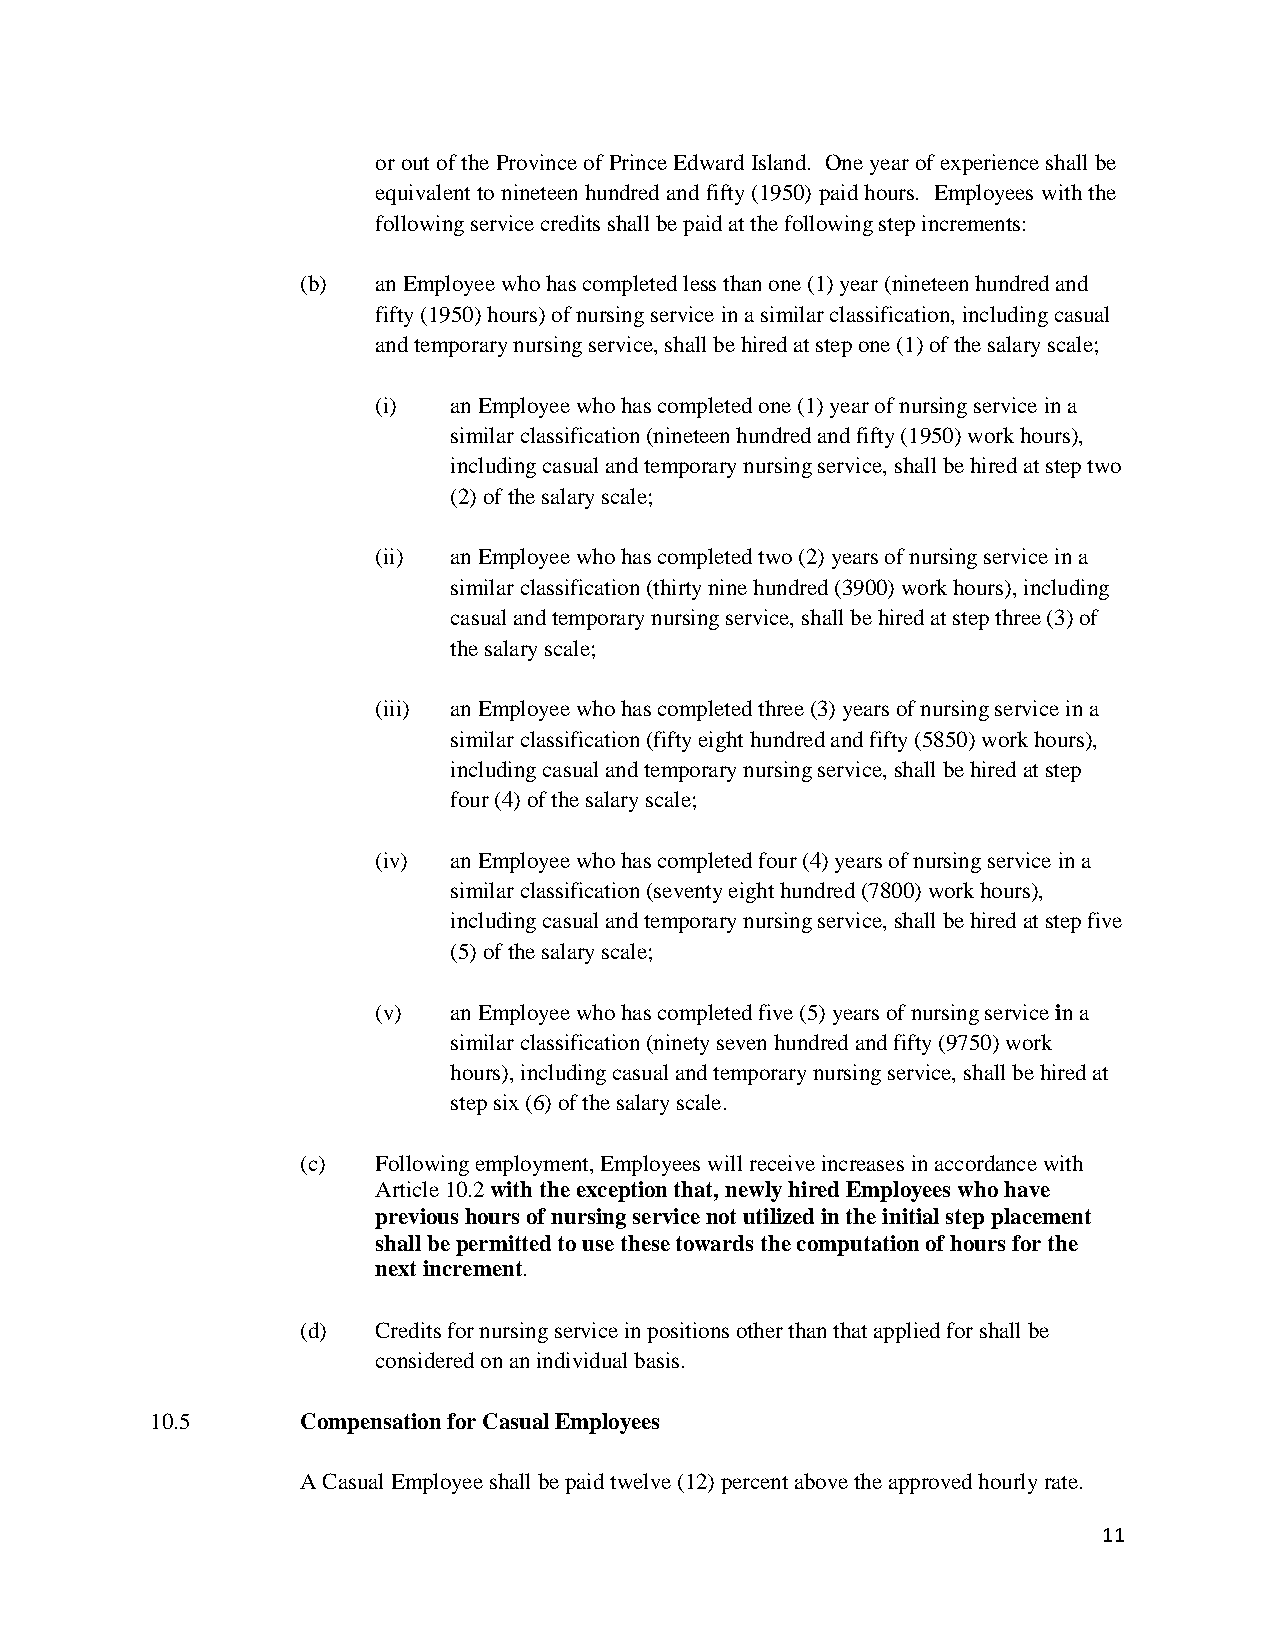
or out of the Province of Prince Edward Island. One year of experience shall be
 equivalent to nineteen hundred and fifty (1950) paid hours. Employees with the
 following service credits shall be paid at the following step increments:
 (b)  an Employee who has completed less than one (1) year (nineteen hundred and
 fifty (1950) hours) of nursing service in a similar classification, including casual
 and temporary nursing service, shall be hired at step one (1) of the salary scale;
 (i)  an Employee who has completed one (1) year of nursing service in a
 similar classification (nineteen hundred and fifty (1950) work hours),
 including casual and temporary nursing service, shall be hired at step two
 (2) of the salary scale;
 (ii) an Employee who has completed two (2) years of nursing service in a
 similar classification (thirty nine hundred (3900) work hours), including
 casual and temporary nursing service, shall be hired at step three (3) of
 the salary scale;
 (iii) an Employee who has completed three (3) years of nursing service in a
 similar classification (fifty eight hundred and fifty (5850) work hours),
 including casual and temporary nursing service, shall be hired at step
 four (4) of the salary scale;
 (iv) an Employee who has completed four (4) years of nursing service in a
 similar classification (seventy eight hundred (7800) work hours),
 including casual and temporary nursing service, shall be hired at step five
 (5) of the salary scale;
 (v)  an Employee who has completed five (5) years of nursing service in a
 similar classification (ninety seven hundred and fifty (9750) work
 hours), including casual and temporary nursing service, shall be hired at
 step six (6) of the salary scale.
 (c)  Following employment, Employees will receive increases in accordance with
 Article 10.2 with the exception that, newly hired Employees who have
 previous hours of nursing service not utilized in the initial step placement
 shall be permitted to use these towards the computation of hours for the
 next increment.
 (d)  Credits for nursing service in positions other than that applied for shall be
 considered on an individual basis.
 10.5      Compensation for Casual Employees
 A Casual Employee shall be paid twelve (12) percent above the approved hourly rate.
 11